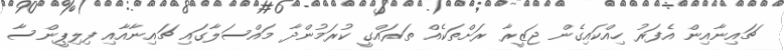
ޗައިނާއިން އެފަރު ހިއްކައިގެން ޖަޒީރާ ރަށްތަކެއް ތަރައްގީ ކުރަމުންދާ މައްސަލާގައި ޗައިނާއާއި ފިލިޕީންސާ